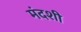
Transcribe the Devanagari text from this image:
मंदशी